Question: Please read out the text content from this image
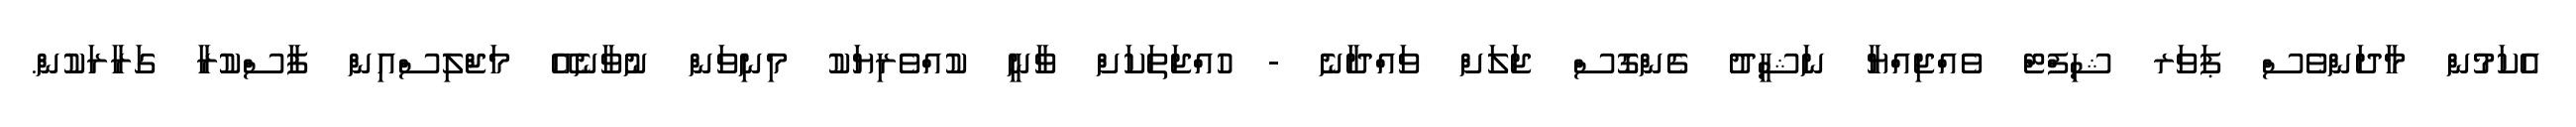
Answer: އެކަމުން މާދަންވެސް ޕަވަރ ޝިފްޓް ވެއްޖިއްޔާ ނަޝީދު ގެންގޮސް ޖަލަށް ވައްދާނެ - ހުއްޖަތަކަށް ވާނީ ކުއްވެރިޔަކު މިނިވަން ނުވާނެއޭ މަޖްލިސްއިން ފާސްކުރާ ގަރާރަކުން.